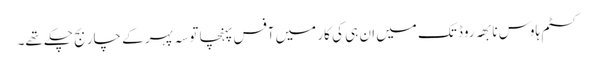
کسٹم ہاوس نابھہ روڈ تک میں ان ہی کی کار میں آفس پہنچا تو سہ پہر کے چار بج چکے تھے۔